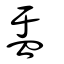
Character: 𥁄